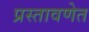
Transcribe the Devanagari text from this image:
प्रस्तावणेत